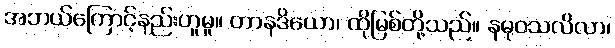
အဘယ်ကြောင့်နည်းဟူမူ။ တာနဒိယော၊ ထိုမြစ်တို့သည်။ နဓုဝသလိလာ၊